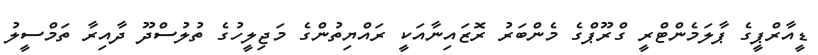
ޑީއާރްޕީގެ ޕާލަމެންޓްރީ ގްރޫޕްގެ މެންބަރު ރޮޒައިނާއަކީ ރައްޔިތުންގެ މަޖިލީހުގެ ތުލުސްދޫ ދާއިރާ ތަމްސީލު